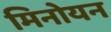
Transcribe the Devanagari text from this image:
मिनोयन